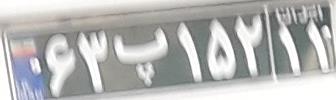
۶۳پ۱۵۲۱۱